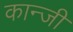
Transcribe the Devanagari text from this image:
कान्जी